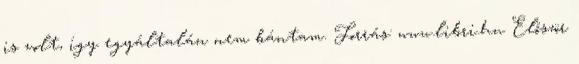
is volt, így egyáltalán nem bántam. Forrás: www.libri.hu Először